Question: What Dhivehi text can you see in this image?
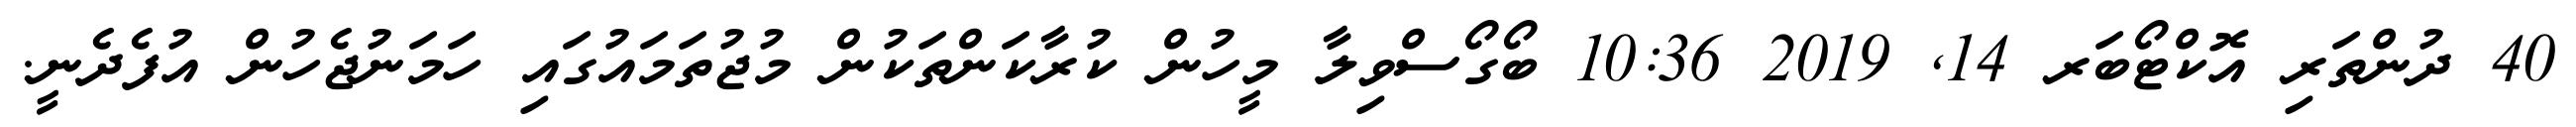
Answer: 40 ދުންތަރި އޮކްޓޯބަރ 14, 2019 10:36 ބޯގޯސްވިލާ މީހުން ކުރާކަންތަކުން މުޖުތަމައުގައި ހަމަނުޖެހުން އުފެދެނީ.